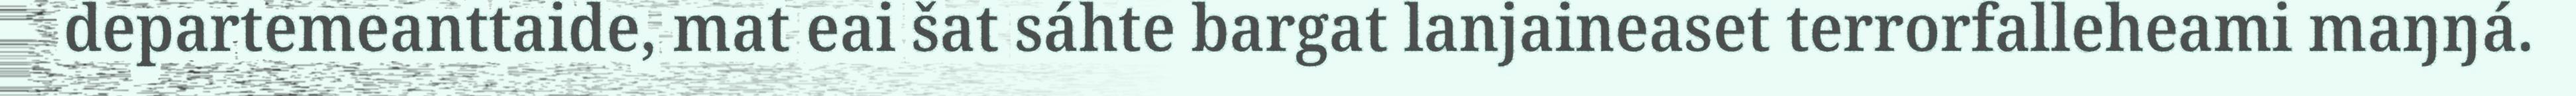
departemeanttaide, mat eai šat sáhte bargat lanjaineaset terrorfalleheami maŋŋá.